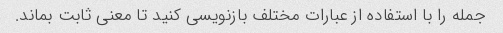
جمله را با استفاده از عبارات مختلف بازنویسی کنید تا معنی ثابت بماند.